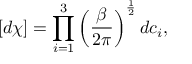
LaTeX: [ d \chi ] = \prod _ { i = 1 } ^ { 3 } \left( \frac { \beta } { 2 \pi } \right) ^ { \frac { 1 } { 2 } } d c _ { i } ,